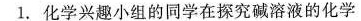
1.化学兴趣小组的同学在探究碱溶液的化学